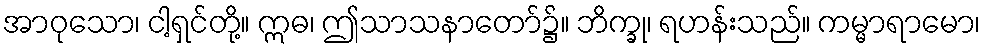
အာဝုသော၊ ငါ့ရှင်တို့။ ဣဓ၊ ဤသာသနာတော်၌။ ဘိက္ခု၊ ရဟန်းသည်။ ကမ္မာရာမော၊